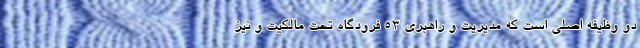
دو وظیفه اصلی است که مدیریت و راهبری ۵۳ فرودگاه تحت مالکیت و نیز